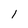
Character: 1